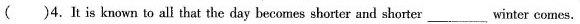
( )4.It is known to all that the day becomes shorter and shorter___winter comes.